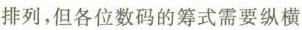
排列，但各位数码的筹式需要纵横